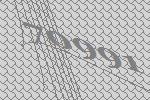
70991